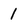
Character: 1